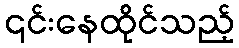
၎င်းနေထိုင်သည့်